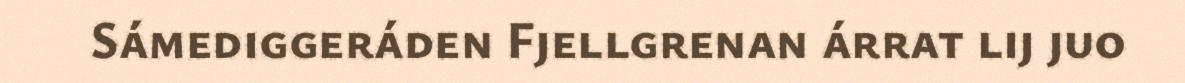
Sámediggeráden Fjellgrenan árrat lij juo